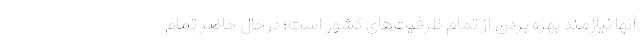
آنها نیازمند بهره بردن از تمام ظرفیت‌های کشور است؛ درحال حاضر تمام